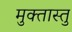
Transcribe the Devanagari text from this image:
मुक्तास्तु